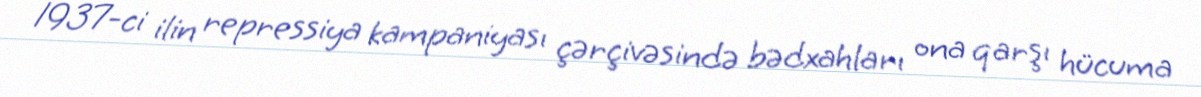
1937-ci ilin repressiya kampaniyası çərçivəsində bədxahları ona qarşı hücuma